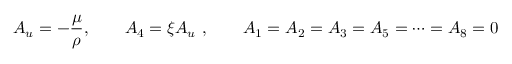
A _ { u } = - { \frac { \mu } { \rho } } , \qquad A _ { 4 } = \xi A _ { u } \ , \qquad A _ { 1 } = A _ { 2 } = A _ { 3 } = A _ { 5 } = \dots = A _ { 8 } = 0